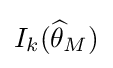
I_{k}({\widehat {\theta }}_{M})